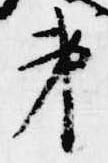
第